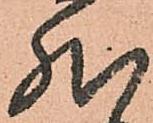
然